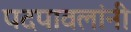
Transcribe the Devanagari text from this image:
पदपावलांनी